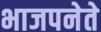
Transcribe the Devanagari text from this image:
भाजपनेते